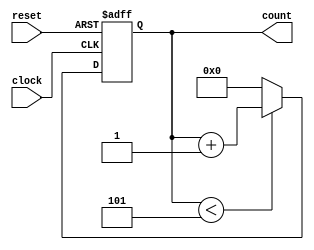
module mem_counter ( input clock, input reset, output reg [7:0]count );

always @ ( posedge clock, negedge reset )
    begin
        if ( reset == 0 ) begin
            count <= 0;
        end else begin
            if ( count < 5) begin
                count <= count + 1;
            end else begin
                count = 0;
            end 
        end
    end
endmodule